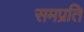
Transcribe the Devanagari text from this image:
समप्रति